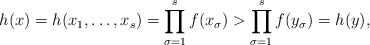
\begin{align*}h(x) = h(x_1, \ldots, x_s) = \prod_{\sigma = 1}^s f(x_{\sigma}) > \prod_{\sigma = 1}^s f(y_{\sigma}) = h(y),\end{align*}